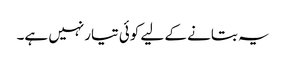
یہ بتانے کے لیے کوئی تیارنہیں ہے۔